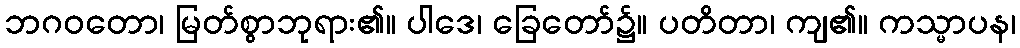
ဘဂဝတော၊ မြတ်စွာဘုရား၏။ ပါဒေ၊ ခြေတော်၌။ ပတိတာ၊ ကျ၏။ ကသ္မာပန၊